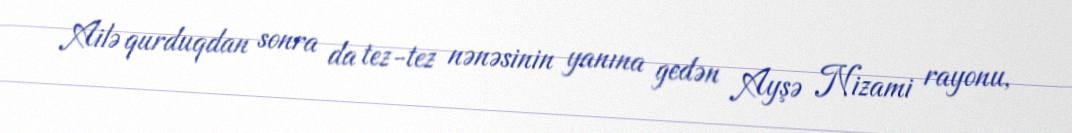
Ailə qurduqdan sonra da tez-tez nənəsinin yanına gedən Ayşə Nizami rayonu,